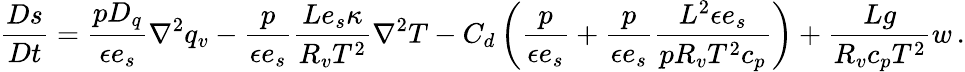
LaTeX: \frac{Ds}{Dt}=\frac{pD_{q}}{\epsilon e_{s}}\nabla^{2}q_{v}-\frac{p}{\epsilon e_{s}}\frac{Le_{s}\kappa}{R_{v}T^{2}}\nabla^{2}T-C_{d}\left(\frac{p}{\epsilon e_{s}}+\frac{p}{\epsilon e_{s}}\frac{L^{2}\epsilon e_{s}}{pR_{v}T^{2}c_{p}}\right)+\frac{Lg}{R_{v}c_{p}T^{2}}w\, .